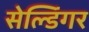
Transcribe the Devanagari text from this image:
सेल्डिंगर